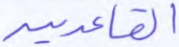
القاعدين